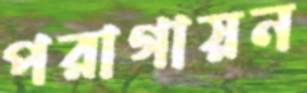
পরাগায়ন